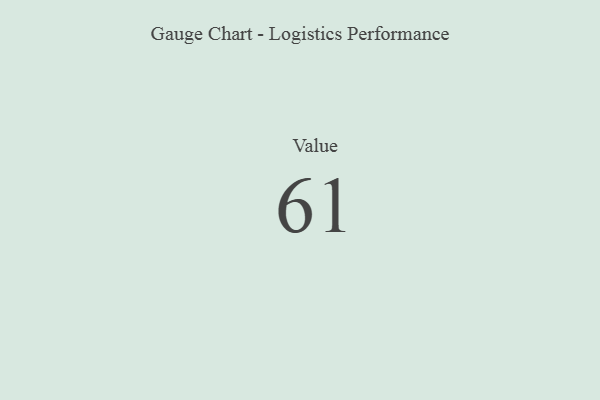
{"axis": {"x": "Metric", "y": "Value"}, "legend": [""], "data": [{"x": "Value", "y": 61, "type": ""}]}